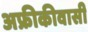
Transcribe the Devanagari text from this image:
अफ्रीकीवासी